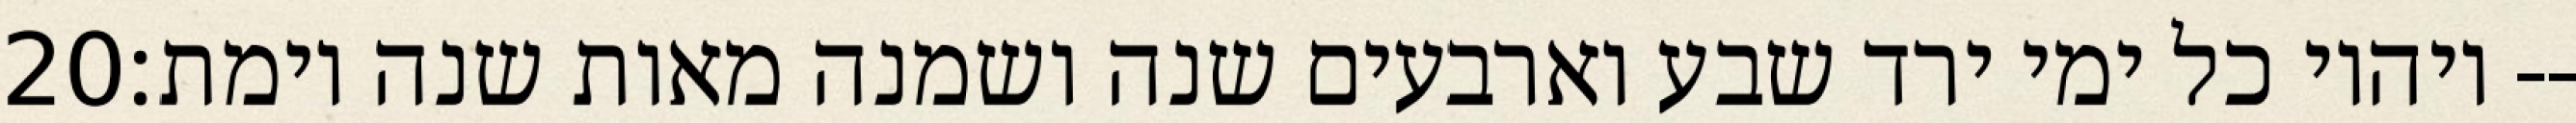
‎20‏ ויהיו כל ימי ירד שבע וארבעים שנה ושמנה מאות שנה וימת׃--